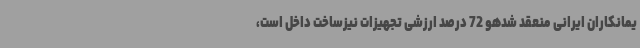
یمانکاران ایرانی منعقد شدهو 72 درصد ارزشی تجهیزات نیزساخت داخل است،